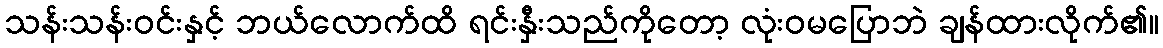
သန်းသန်းဝင်းနှင့် ဘယ်လောက်ထိ ရင်းနှီးသည်ကိုတော့ လုံးဝမပြောဘဲ ချန်ထားလိုက်၏။